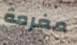
مغرمة